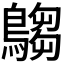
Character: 𪄞